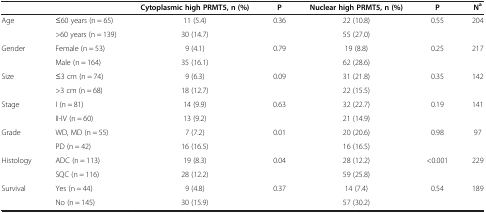
<table><thead><tr><td><b> </b></td><td><b> </b></td><td><b>Cytoplasmic high PRMT5, n (%)</b></td><td><b>P</b></td><td><b>Nuclear high PRMT5, n (%)</b></td><td><b>P</b></td><td><b>N<sup>a</sup></b></td></tr></thead><tbody><tr><td rowspan="2">Age</td><td>≤60 years (n = 65)</td><td>11 (5.4)</td><td rowspan="2">0.36</td><td>22 (10.8)</td><td rowspan="2">0.55</td><td rowspan="2">204</td></tr><tr><td>&gt;60 years (n = 139)</td><td>30 (14.7)</td><td>55 (27.0)</td></tr><tr><td rowspan="2">Gender</td><td>Female (n = 53)</td><td>9 (4.1)</td><td rowspan="2">0.79</td><td>19 (8.8)</td><td rowspan="2">0.25</td><td rowspan="2">217</td></tr><tr><td>Male (n = 164)</td><td>35 (16.1)</td><td>62 (28.6)</td></tr><tr><td rowspan="2">Size</td><td>≤3 cm (n = 74)</td><td>9 (6.3)</td><td rowspan="2">0.09</td><td>31 (21.8)</td><td rowspan="2">0.35</td><td rowspan="2">142</td></tr><tr><td>&gt;3 cm (n = 68)</td><td>18 (12.7)</td><td>22 (15.5)</td></tr><tr><td rowspan="2">Stage</td><td>I (n = 81)</td><td>14 (9.9)</td><td rowspan="2">0.63</td><td>32 (22.7)</td><td rowspan="2">0.19</td><td rowspan="2">141</td></tr><tr><td>II-IV (n = 60)</td><td>13 (9.2)</td><td>21 (14.9)</td></tr><tr><td rowspan="2">Grade</td><td>WD, MD (n = 55)</td><td>7 (7.2)</td><td rowspan="2">0.01</td><td>20 (20.6)</td><td rowspan="2">0.98</td><td rowspan="2">97</td></tr><tr><td>PD (n = 42)</td><td>16 (16.5)</td><td>16 (16.5)</td></tr><tr><td rowspan="2">Histology</td><td>ADC (n = 113)</td><td>19 (8.3)</td><td rowspan="2">0.04</td><td>28 (12.2)</td><td rowspan="2">&lt;0.001</td><td rowspan="2">229</td></tr><tr><td>SQC (n = 116)</td><td>28 (12.2)</td><td>59 (25.8)</td></tr><tr><td>Survival</td><td>Yes (n = 44)</td><td>9 (4.8)</td><td>0.37</td><td>14 (7.4)</td><td>0.54</td><td>189</td></tr><tr><td> </td><td>No (n = 145)</td><td>30 (15.9)</td><td> </td><td>57 (30.2)</td><td> </td><td> </td></tr></tbody></table>